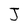
Character: J